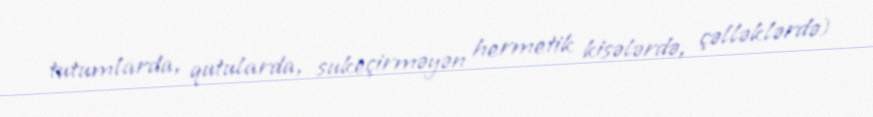
tutumlarda, qutularda, sukeçirməyən hermetik kisələrdə, çəlləklərdə)